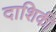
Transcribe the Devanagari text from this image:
दाशिकी